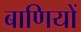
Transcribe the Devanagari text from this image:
बाणियों